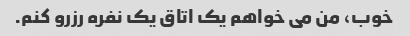
خوب، من می خواهم یک اتاق یک نفره رزرو کنم.